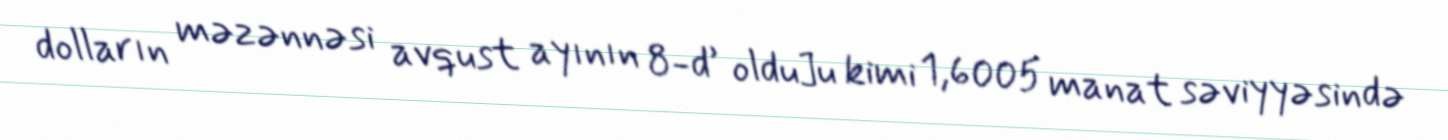
dolların məzənnəsi avqust ayının 8-d’ oldu]u kimi 1,6005 manat səviyyəsində